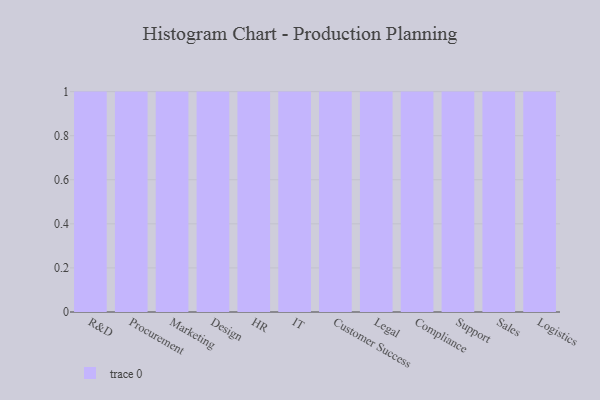
{"axis": {"x": "Department", "y": "Page Views"}, "legend": [""], "data": [{"x": "R&D", "y": 22, "type": ""}, {"x": "Procurement", "y": 27, "type": ""}, {"x": "Marketing", "y": 63, "type": ""}, {"x": "Design", "y": 94, "type": ""}, {"x": "HR", "y": 27, "type": ""}, {"x": "IT", "y": 32, "type": ""}, {"x": "Customer Success", "y": 35, "type": ""}, {"x": "Legal", "y": 1, "type": ""}, {"x": "Compliance", "y": 30, "type": ""}, {"x": "Support", "y": 20, "type": ""}, {"x": "Sales", "y": 61, "type": ""}, {"x": "Logistics", "y": 17, "type": ""}]}